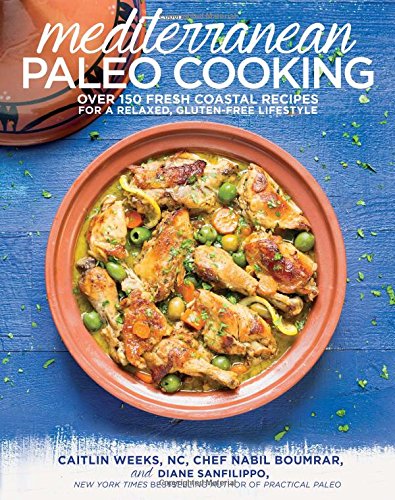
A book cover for Mediterranean Paleo Cooking: Over 150 Fresh Coastal Recipes for a Relaxed, Gluten-Free Lifestyle; Caitlin Weeks  NC; Cookbooks, Food & Wine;